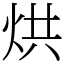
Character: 烘